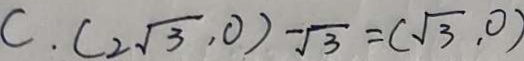
C . ( 2 \sqrt { 3 } , 0 ) - \sqrt { 3 } = ( \sqrt { 3 } , 0 )